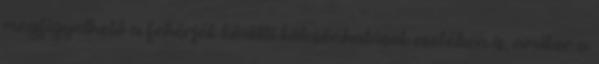
megfigyelhető a fehérjék közötti kölcsönhatások esetében is, amikor a